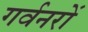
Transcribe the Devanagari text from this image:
गर्वनरों